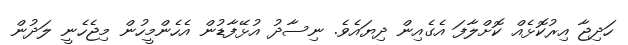
ހަދިޖާ އިރުކޮޅެއް ކޮށްލާފަ އެގެއިން ދިޔައެވެ. ނިސާދު އުޅޭފާޑުން އެހެންމީހުން މިޖެހެނީ ލަދުން